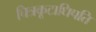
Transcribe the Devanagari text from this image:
चित्रकूटाधिपति